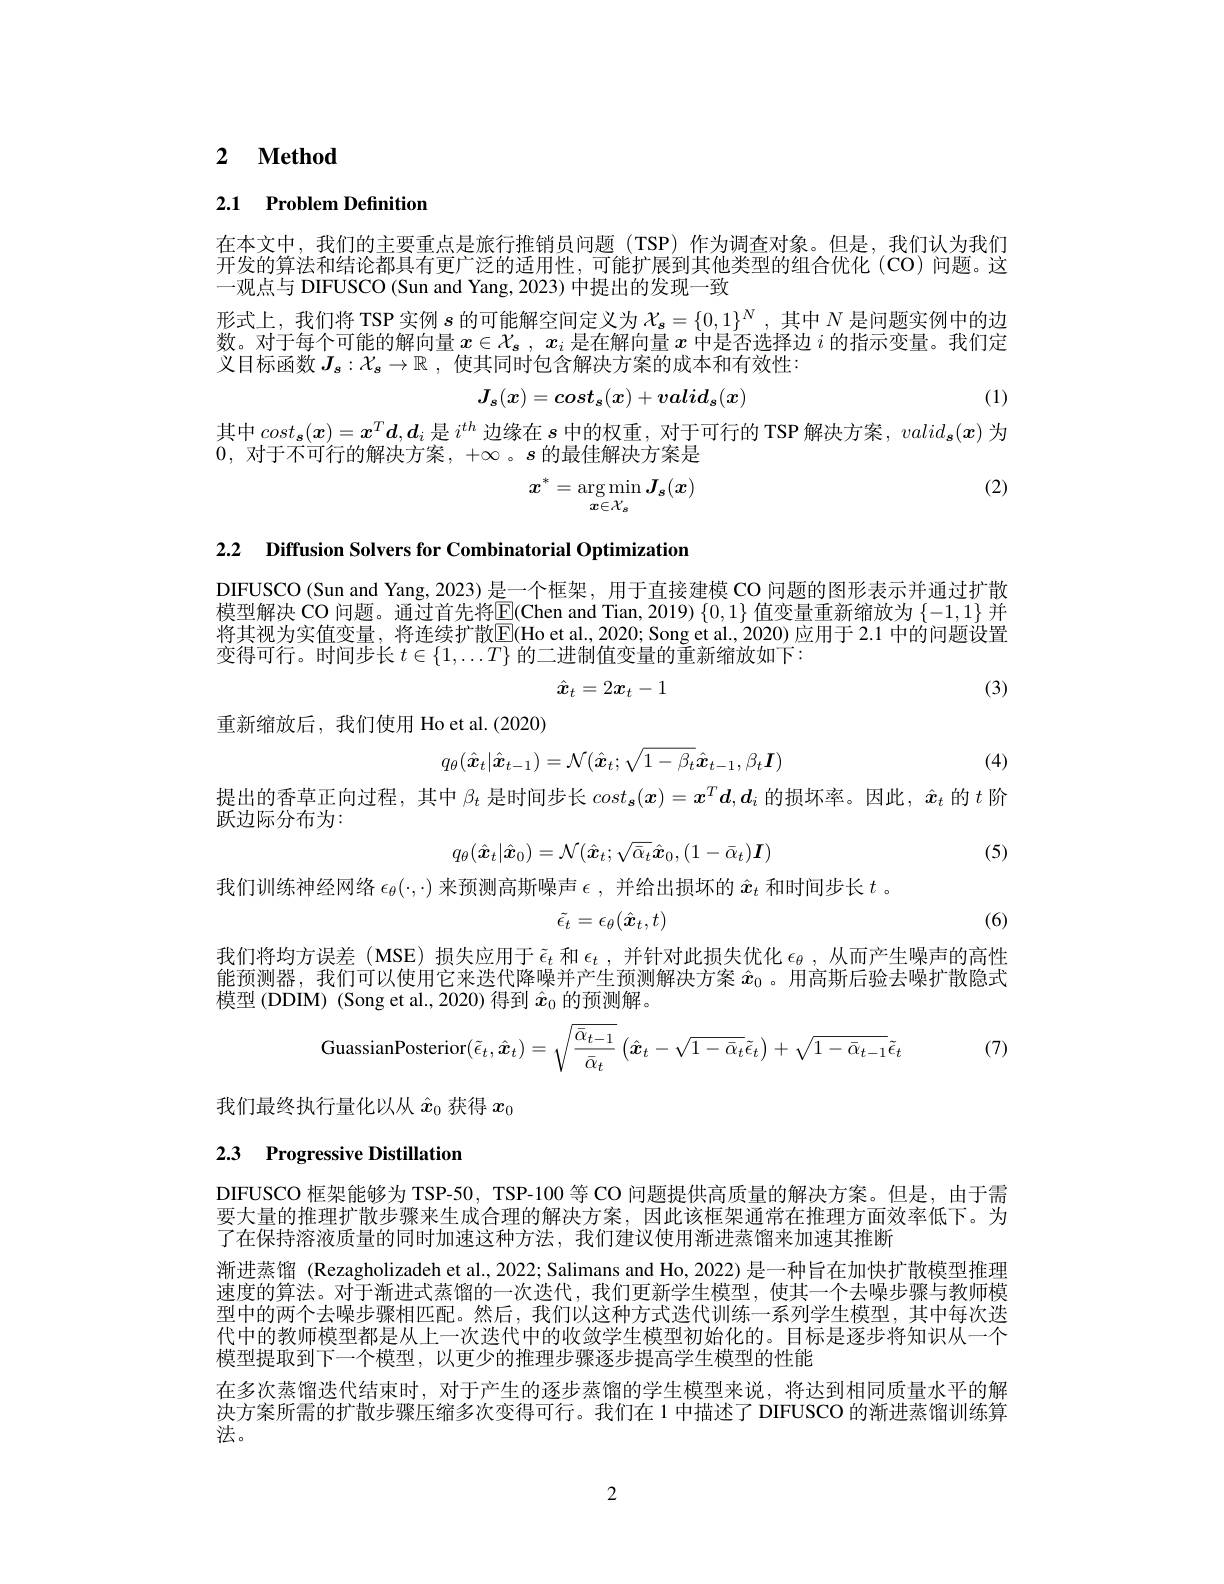
### 2 $\textbf{Method}$

### 2.1 Problem Definition

在本文中，我们的主要重点是旅行推销员问题(TSP)作为调查对象。但是，我们认为我们开发的算法和结论都具有更广泛的适用性，可能扩展到其他类型的组合优化(CO)问题。这一观点与 DIFUSCO (Sun and Yang, 2023) 中提出的发现一致

形式上，我们将 TSP 实例$s$的可能解空间定义为$\mathcal{X_s}=\{0,1\}^N$,其中$N$是问题实例中的边数。对于每个可能的解向量$x\in \mathcal{X} _s$, $x_i$是在解向量$x$中是否选择边$i$的指示变量。我们定义目标函数$J_s:\mathcal{X}_s\to\mathbb{R}$ ,使其同时包含解决方案的成本和有效性：
$$J_s(x)=cost_s(x)+valid_s(x)$$
(1)

其中$cost_{\boldsymbol{s}}(\boldsymbol{x})=\boldsymbol{x}^T\boldsymbol{d},\boldsymbol{d}_{i}$是$i^th$边缘在$s$中的权重，对于可行的 TSP 解决方案，$valid_{\boldsymbol{s}}(\boldsymbol{x})$为
0,对于不可行的解决方案，+$\infty$ 。$s$的最佳解决方案是

(2)
$$\boldsymbol{x}^*=\underset{\boldsymbol{x}\in\mathcal{X}_s}{\arg\min}\boldsymbol{J}_s(\boldsymbol{x})$$
2.2 $\textbf{Diffusion Solvers for Combinatorial Optimization}$

DIFUSCO (Sun and Yang, 2023) 是一个框架，用于直接建模 CO 问题的图形表示并通过扩散模型解决 CO 问题。通过首先将$\overline{\mathbb{E}}($Chen and Tian,2019) $\{0,1\}$值变量重新缩放为$\{-1,1\}$并将其视为实值变量，将连续扩散$\overline{\mathrm{E}}($Ho et al., 2020; Song et al., 2020) 应用于 2.1 中的问题设置变得可行。时间步长$t\in\{1,\ldots T\}$的二进制值变量的重新缩放如下：
$$\hat{\boldsymbol{x}}_t=2\boldsymbol{x}_t-1$$
(3)

重新缩放后，我们使用 Ho et al.(2020)
$$q_\theta(\hat{\boldsymbol x}_t|\hat{\boldsymbol x}_{t-1})=\mathcal{N}(\hat{\boldsymbol x}_t;\sqrt{1-\beta_t}\hat{\boldsymbol x}_{t-1},\beta_t\boldsymbol{I})$$
(4)

提出的香草正向过程，其中$\beta_t$是时间步长$cost_{\boldsymbol{s}}(\boldsymbol{x})=\boldsymbol{x}^T\boldsymbol{d},\boldsymbol{d}_i$的损坏率。因此，$\hat{\boldsymbol{x}}_t$的$t$阶
跃边际分布为：
$$q_\theta(\hat{\boldsymbol{x}}_t|\hat{\boldsymbol{x}}_0)=\mathcal{N}(\hat{\boldsymbol{x}}_t;\sqrt{\bar{\alpha}_t}\hat{\boldsymbol{x}}_0,(1-\bar{\alpha}_t)\boldsymbol{I})$$
(5)

我们训练神经网络$\epsilon_\theta(\cdot,\cdot)$来预测高斯噪声$\epsilon$,并给出损坏的$\hat{x}_t$和时间步长$t$ 。
$$\tilde{\epsilon_t}=\epsilon_\theta(\hat{\boldsymbol{x}}_t,t)$$
(6)

我们将均方误差(MSE)损失应用于$\tilde{\epsilon}_t$ 和$\epsilon_t$,并针对此损失优化 $\epsilon_\theta$, 从而产生噪声的高性能预测器，我们可以使用它来迭代降噪并产生预测解决方案$\hat{x}_0$ 。用高斯后验去噪扩散隐式模型 (DDIM) (Song et al.,2020) 得到$\hat{x}_0$的预测解。
$$\text{GuassianPosterior}(\tilde{\epsilon}_t,\hat{x}_t)=\sqrt{\frac{\bar{\alpha}_{t-1}}{\bar{\alpha}_t}}\left(\hat{x}_t-\sqrt{1-\bar{\alpha}_t}\tilde{\epsilon}_t\right)+\sqrt{1-\bar{\alpha}_{t-1}}\tilde{\epsilon}_t$$
(7)

我们最终执行量化以从$\hat{x}_0$获得$x_0$

# 2.3 Progressive Distillation

DIFUSCO 框架能够为 TSP-50, TSP-100 等 CO 问题提供高质量的解决方案。但是，由于需要大量的推理扩散步骤来生成合理的解决方案，因此该框架通常在推理方面效率低下。为了在保持溶液质量的同时加速这种方法，我们建议使用渐进蒸馏来加速其推断
渐进蒸馏 (Rezagholizadeh et al., 2022; Salimans and Ho, 2022) 是一种旨在加快扩散模型推理速度的算法。对于渐进式蒸馏的一次迭代，我们更新学生模型，使其一个去噪步骤与教师模型中的两个去噪步骤相匹配。然后，我们以这种方式迭代训练一系列学生模型，其中每次迭代中的教师模型都是从上一次迭代中的收敛学生模型初始化的。目标是逐步将知识从一个模型提取到下一个模型，以更少的推理步骤逐步提高学生模型的性能
在多次蒸馏迭代结束时，对于产生的逐步蒸馏的学生模型来说，将达到相同质量水平的解决方案所需的扩散步骤压缩多次变得可行。我们在 1 中描述了 DIFUSCO 的渐进蒸馏训练算法。

2